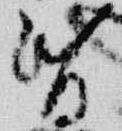
昏